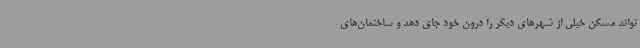
‌تواند مسکن خیلی از شهرهای دیگر را درون خود جای دهد و ساختمان‌های